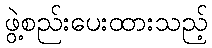
ဖွဲ့စည်းပေးထားသည့်